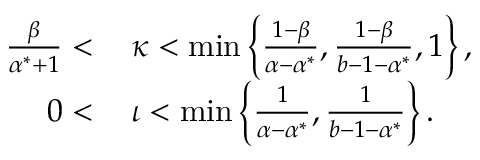
\begin{array} { r l } { \frac { \beta } { \alpha ^ { * } + 1 } < \, } & { \kappa < \operatorname* { m i n } \left\{ { \frac { 1 - \beta } { \alpha - \alpha ^ { * } } , \frac { 1 - \beta } { b - 1 - \alpha ^ { * } } , 1 } \right\} , } \\ { 0 < \, } & { \iota < \operatorname* { m i n } \left\{ { \frac { 1 } { \alpha - \alpha ^ { * } } , \frac { 1 } { b - 1 - \alpha ^ { * } } } \right\} . } \end{array}